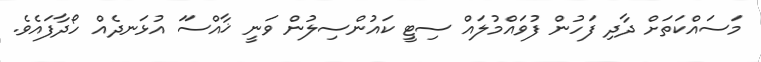
މަސައްކަތަށް ދާދި ފަހުން ފުވައްމުލައް ސިޓީ ކައުންސިލުން ވަނީ ޚާއްސަަ އުޅަނދެއް ހޯދާފައެވެ.